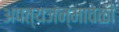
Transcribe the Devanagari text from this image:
अपत्यजन्मावेळी